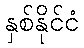
နှစ်နိုင်ငံ